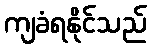
ကျခံရနိုင်သည်